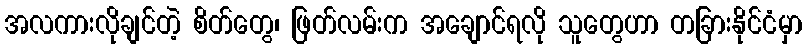
အလကားလိုချင်တဲ့ စိတ်တွေ၊ ဖြတ်လမ်းက အချောင်ရလို သူတွေဟာ တခြားနိုင်ငံမှာ